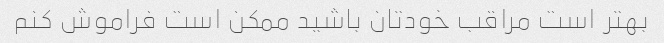
بهتر است مراقب خودتان باشید ممکن است فراموش کنم